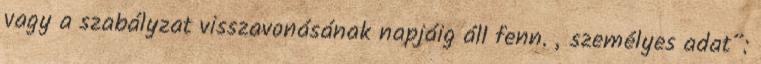
vagy a szabályzat visszavonásának napjáig áll fenn. „személyes adat”: